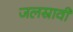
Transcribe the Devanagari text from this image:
जलस्रावी